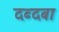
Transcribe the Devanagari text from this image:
दब्दबा